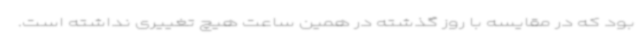
بود که در مقایسه با روز گذشته در همین ساعت هیچ تغییری نداشته است.